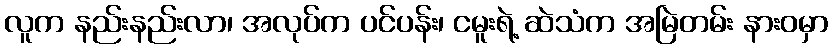
လူက နည်းနည်းလာ၊ အလုပ်က ပင်ပန်း၊ ငမူးရဲ့ ဆဲသံက အမြဲတမ်း နားဝမှာ